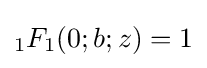
{}_{1}F_{1}(0;b;z)=1